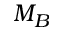
M _ { B }